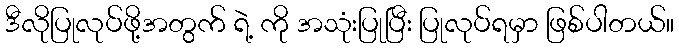
ဒီလိုပြုလုပ်ဖို့အတွက် ရဲ့ ကို အသုံးပြုပြီး ပြုလုပ်ရမှာ ဖြစ်ပါတယ်။